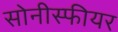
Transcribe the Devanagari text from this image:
सोनीस्फीयर